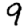
Digit: 9